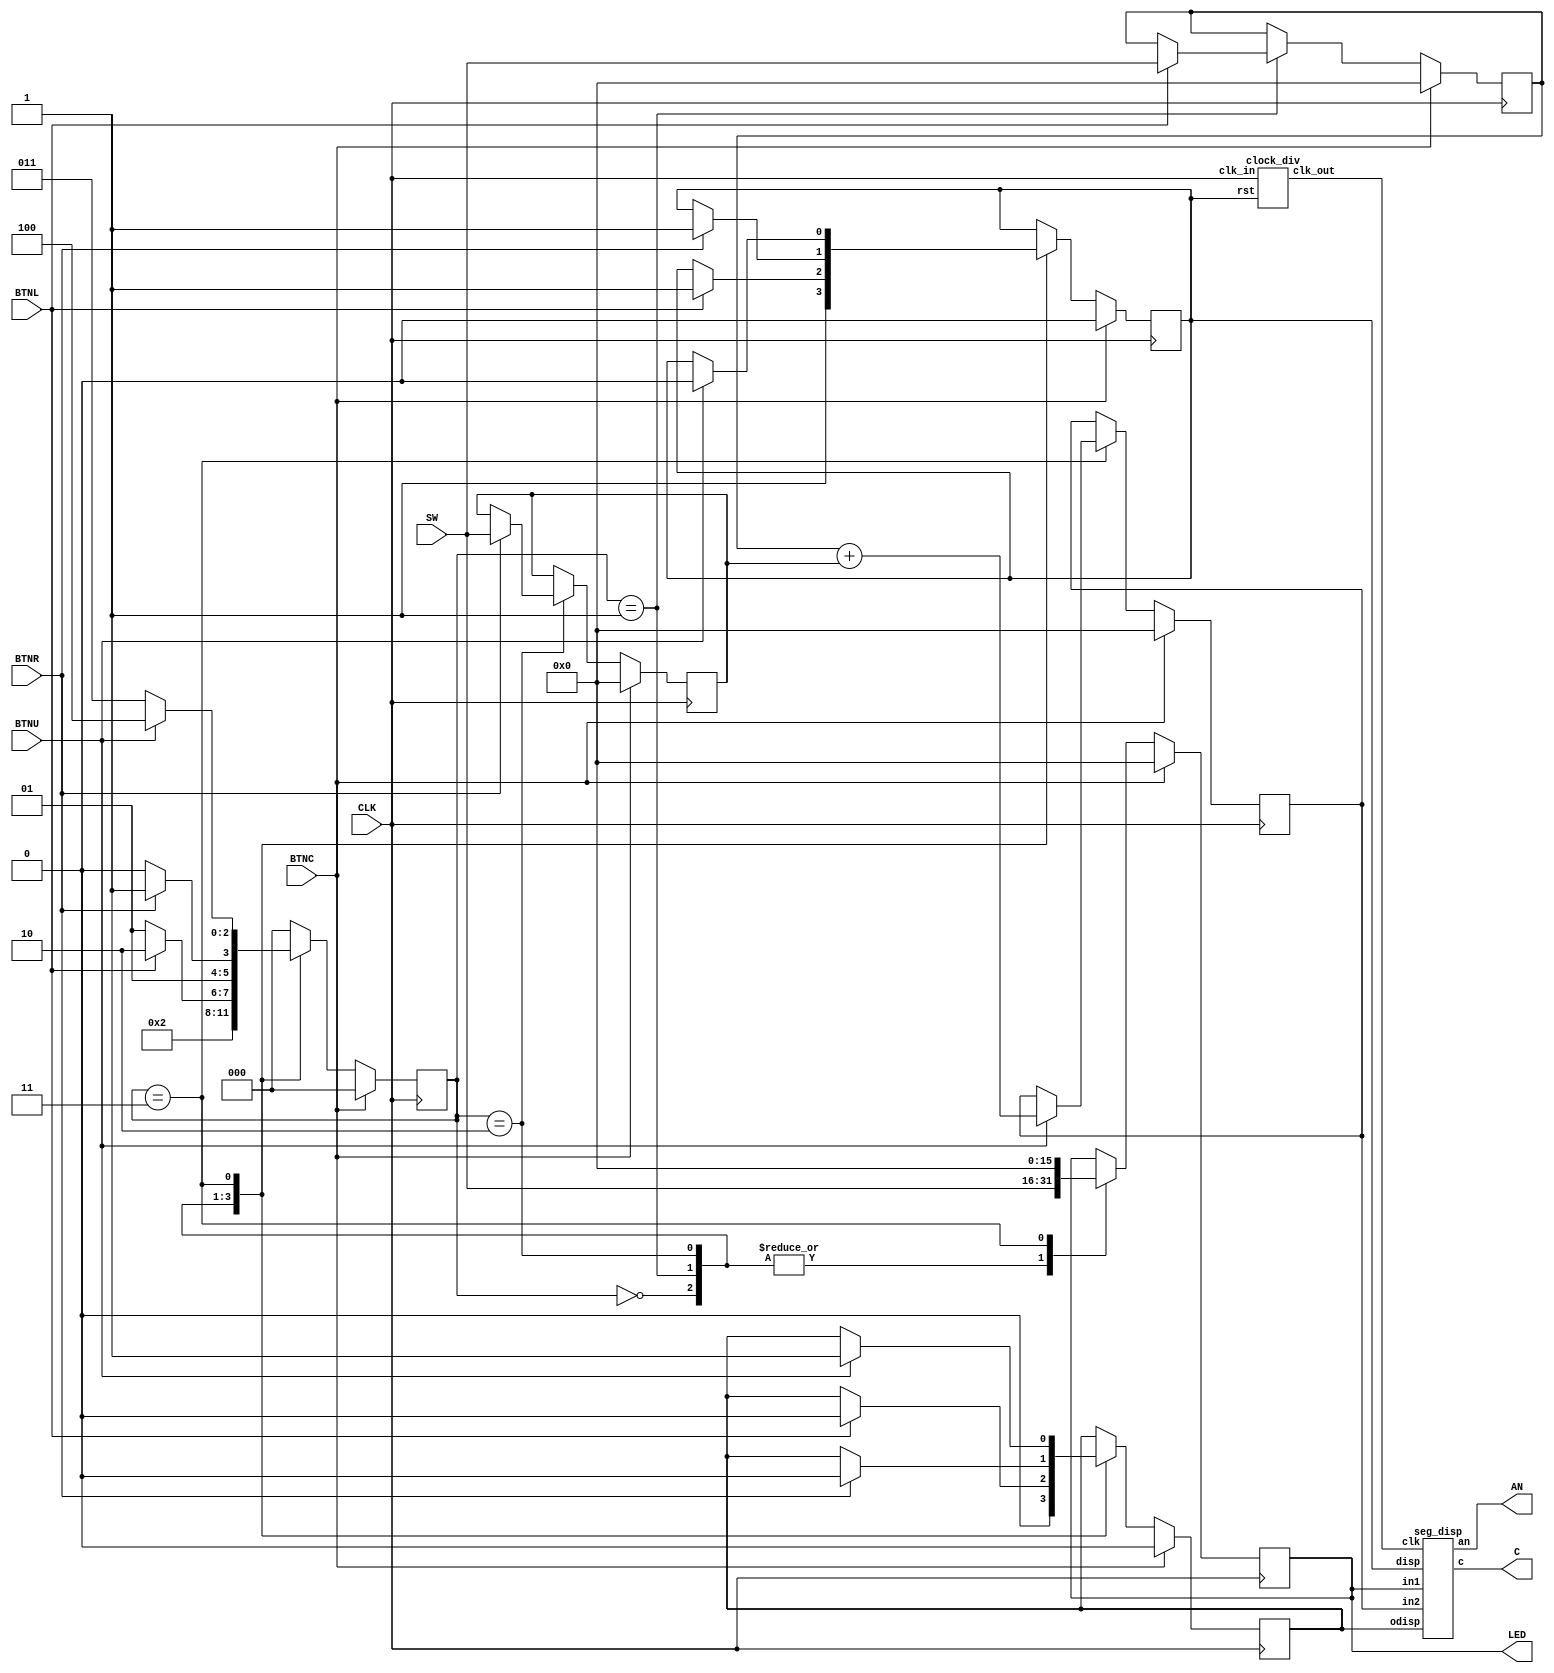
		
`timescale 1ns / 1ps
module GCD(CLK,BTNC,BTNL,BTNR,BTNU,SW,LED,C,AN);
input  CLK, BTNC, BTNL, BTNR, BTNU;
input [15:0] SW;
output reg [15:0] LED;
output [6:0] C;
output [7:0] AN;
reg in_disp,o_disp;
wire clkslow;
reg [2:0] nstate;
reg [15:0] n1,n2,out;
//reg clkorig;

always @ (posedge CLK) begin
    if(BTNC==1) begin
        LED<=0;
        in_disp<=0; 
        nstate<=0; 
        o_disp<=0;
        n1<=0; n2<=0; out<=0;      
    end
    else begin
        case(nstate)
            3'd0: begin
                    LED<=SW;
                    in_disp<=1;
                    nstate<=3'd1;
                    o_disp<=0;
                  end
            3'd1: begin
                    LED<=SW;    
                    if(BTNL==1) begin  n1<=SW; in_disp<=1; o_disp<=0; nstate<=3'd2; end
                    else nstate<=3'd1;
                  end
            3'd2: begin
                    LED<=SW;
                    if(BTNR==1) begin  n2<=SW; in_disp<=1; o_disp<=0; nstate<=3'd3; end
                    else nstate<=3'd2;
                  end
            3'd3: begin
                    LED<=0;
                    if(BTNU==1) begin  out<=n1+n2; o_disp<=1; in_disp<=0;  nstate<=3'd4; end
                    else nstate<=3'd3;
                  end
            default: nstate<=3'd0;
        endcase
    end
end
//---------------------module clock_div(clk_in,rst,clk_out);
    clock_div cd1(.clk_in(CLK),.rst(in_disp),.clk_out(clkslow));
//---------------------module seg_disp(clk,in1,in2,disp,odisp,c,an);
    seg_disp s1(.clk(clkslow),.in1(LED),.in2(out),.disp(in_disp),.odisp(o_disp),.c(C),.an(AN));
    
endmodule

module seg_disp(clk,in1,in2,disp,odisp,c,an);
input clk,disp,odisp;
input [15:0] in1,in2;
output reg [6:0] c;
output reg [7:0] an;
reg [2:0] state1,state2;
wire [6:0] c1,c2,c3,c4,c5,c6,c7,c8;
always @ (posedge clk) begin
    if(disp==0) begin
        c<=7'b1000000;
        an<=8'b11101111;
        state1<=3'd0;
        state2<=3'd0;
    end
    if(disp==1) begin
        case(state1)
            3'd0:   begin   an<=8'b11111110;    c<=c1;  state1<=3'd1;    end
            3'd1:   begin   an<=8'b11111101;    c<=c2;  state1<=3'd2;    end
            3'd2:   begin   an<=8'b11111011;    c<=c3;  state1<=3'd3;    end
            3'd3:   begin   an<=8'b11110111;    c<=c4;  state1<=3'd4;    end
            3'd4:   begin   an<=8'b10111111;    c<=7'b0011000;  state1<=3'd5;    end
            3'd5:   begin   an<=8'b01111111;    c<=7'b1001111;  state1<=3'd6;    end
            3'd6:   begin   an<=8'b11011111;    c<=7'b0111111;  state1<=3'd0;    end
            default:    state1<=2'd0;
        endcase
    end
    if(odisp==1) begin
        case(state2)
            3'd0:   begin   an<=8'b11111110;    c<=c5;  state2<=3'd1;    end
            3'd1:   begin   an<=8'b11111101;    c<=c6;  state2<=3'd2;    end
            3'd2:   begin   an<=8'b11111011;    c<=c7;  state2<=3'd3;    end
            3'd3:   begin   an<=8'b11110111;    c<=c8;  state2<=3'd4;    end
            3'd4:   begin   an<=8'b10111111;    c<=7'b0011000;  state2<=3'd5;    end
            3'd5:   begin   an<=8'b01111111;    c<=7'b1000000;  state2<=3'd6;    end
            3'd6:   begin   an<=8'b11011111;    c<=7'b0111111;  state2<=3'd0;    end            
            default:    state2<=2'd0;
        endcase
    end
    else an<=8'b11101111;
end
    //--------convert (clk,in,digit)
    convert ca(.clk(clk),.in(in1[3:0]),.digit(c1));
    convert cb(.clk(clk),.in(in1[7:4]),.digit(c2));
    convert cc(.clk(clk),.in(in1[11:8]),.digit(c3));
    convert cd(.clk(clk),.in(in1[15:12]),.digit(c4));
    convert ce(.clk(clk),.in(in2[3:0]),.digit(c5));
    convert cf(.clk(clk),.in(in2[7:4]),.digit(c6));
    convert cg(.clk(clk),.in(in2[11:8]),.digit(c7));
    convert ch(.clk(clk),.in(in2[15:12]),.digit(c8));
endmodule



module clock_div(clk_in,rst,clk_out);
input clk_in, rst;
output wire clk_out;
reg [14:0] count;
always @ (posedge clk_in) begin
    if(rst==0) begin
        count=0;
    end
    else begin
        count=count+1;
    end
end
assign clk_out=count[14];
endmodule

module convert (clk,in,digit);
input clk;
input [3:0] in;
output reg [6:0] digit;
always @ (posedge clk) begin
    case(in)
        4'd0    : digit = 7'b1000000;
        4'd1    : digit = 7'b1111001;
        4'd2    : digit = 7'b0100100;
        4'd3    : digit = 7'b0110000;
        4'd4    : digit = 7'b0011001;
        4'd5    : digit = 7'b0010010;
        4'd6    : digit = 7'b0000010;
        4'd7    : digit = 7'b1111000;
        4'd8    : digit = 7'b0000000;
        4'd9    : digit = 7'b0010000;
        4'd10   : digit = 7'b0001000;
        4'd11   : digit = 7'b0000011;
        4'd12   : digit = 7'b1000110;
        4'd13   : digit = 7'b0100001;
        4'd14   : digit = 7'b0000110;
        4'd15   : digit = 7'b0001110;
        default : digit = 7'b1111111;
    endcase
end
endmodule